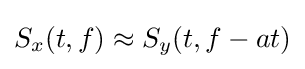
S_{x}(t,f)\approx S_{y}(t,f-at)